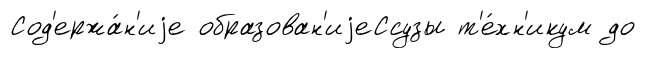
Сод'ержа́н'иjе образован'иjеСсузы т'е́хн'икум до